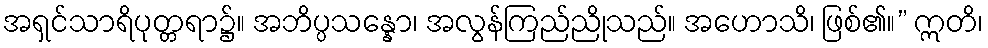
အရှင်သာရိပုတ္တရာ၌။ အဘိပ္ပသန္နော၊ အလွန်ကြည်ညိုသည်။ အဟောသိ၊ ဖြစ်၏။” ဣတိ၊